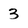
Character: 3